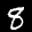
Label: 8